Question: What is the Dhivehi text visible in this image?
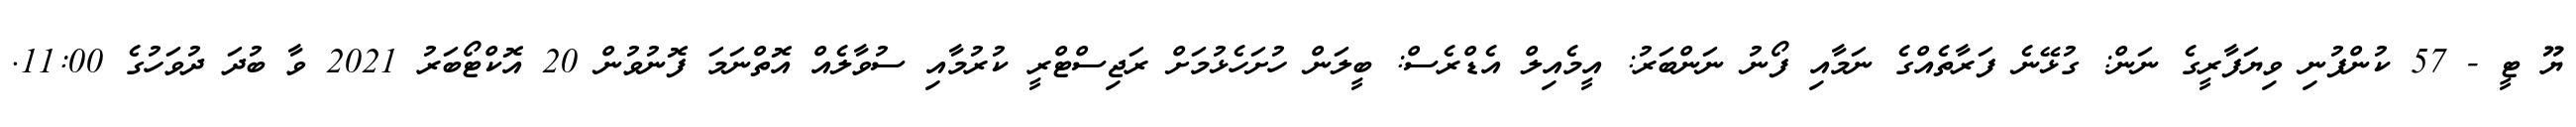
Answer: ޔޫ ޓީ - 57 ކުންފުނި ވިޔަފާރީގެ ނަން: ގުޅޭނެ ފަރާތެއްގެ ނަމާއި ފޯނު ނަންބަރު: އީމެއިލް އެޑްރެސް: ބީލަން ހުށަހެޅުމަށް ރަޖިސްޓްރީ ކުރުމާއި ސުވާލެއް އޮތްނަމަ ފޮނުވުން 20 އޮކްޓޯބަރު 2021 ވާ ބުދަ ދުވަހުގެ 11:00.